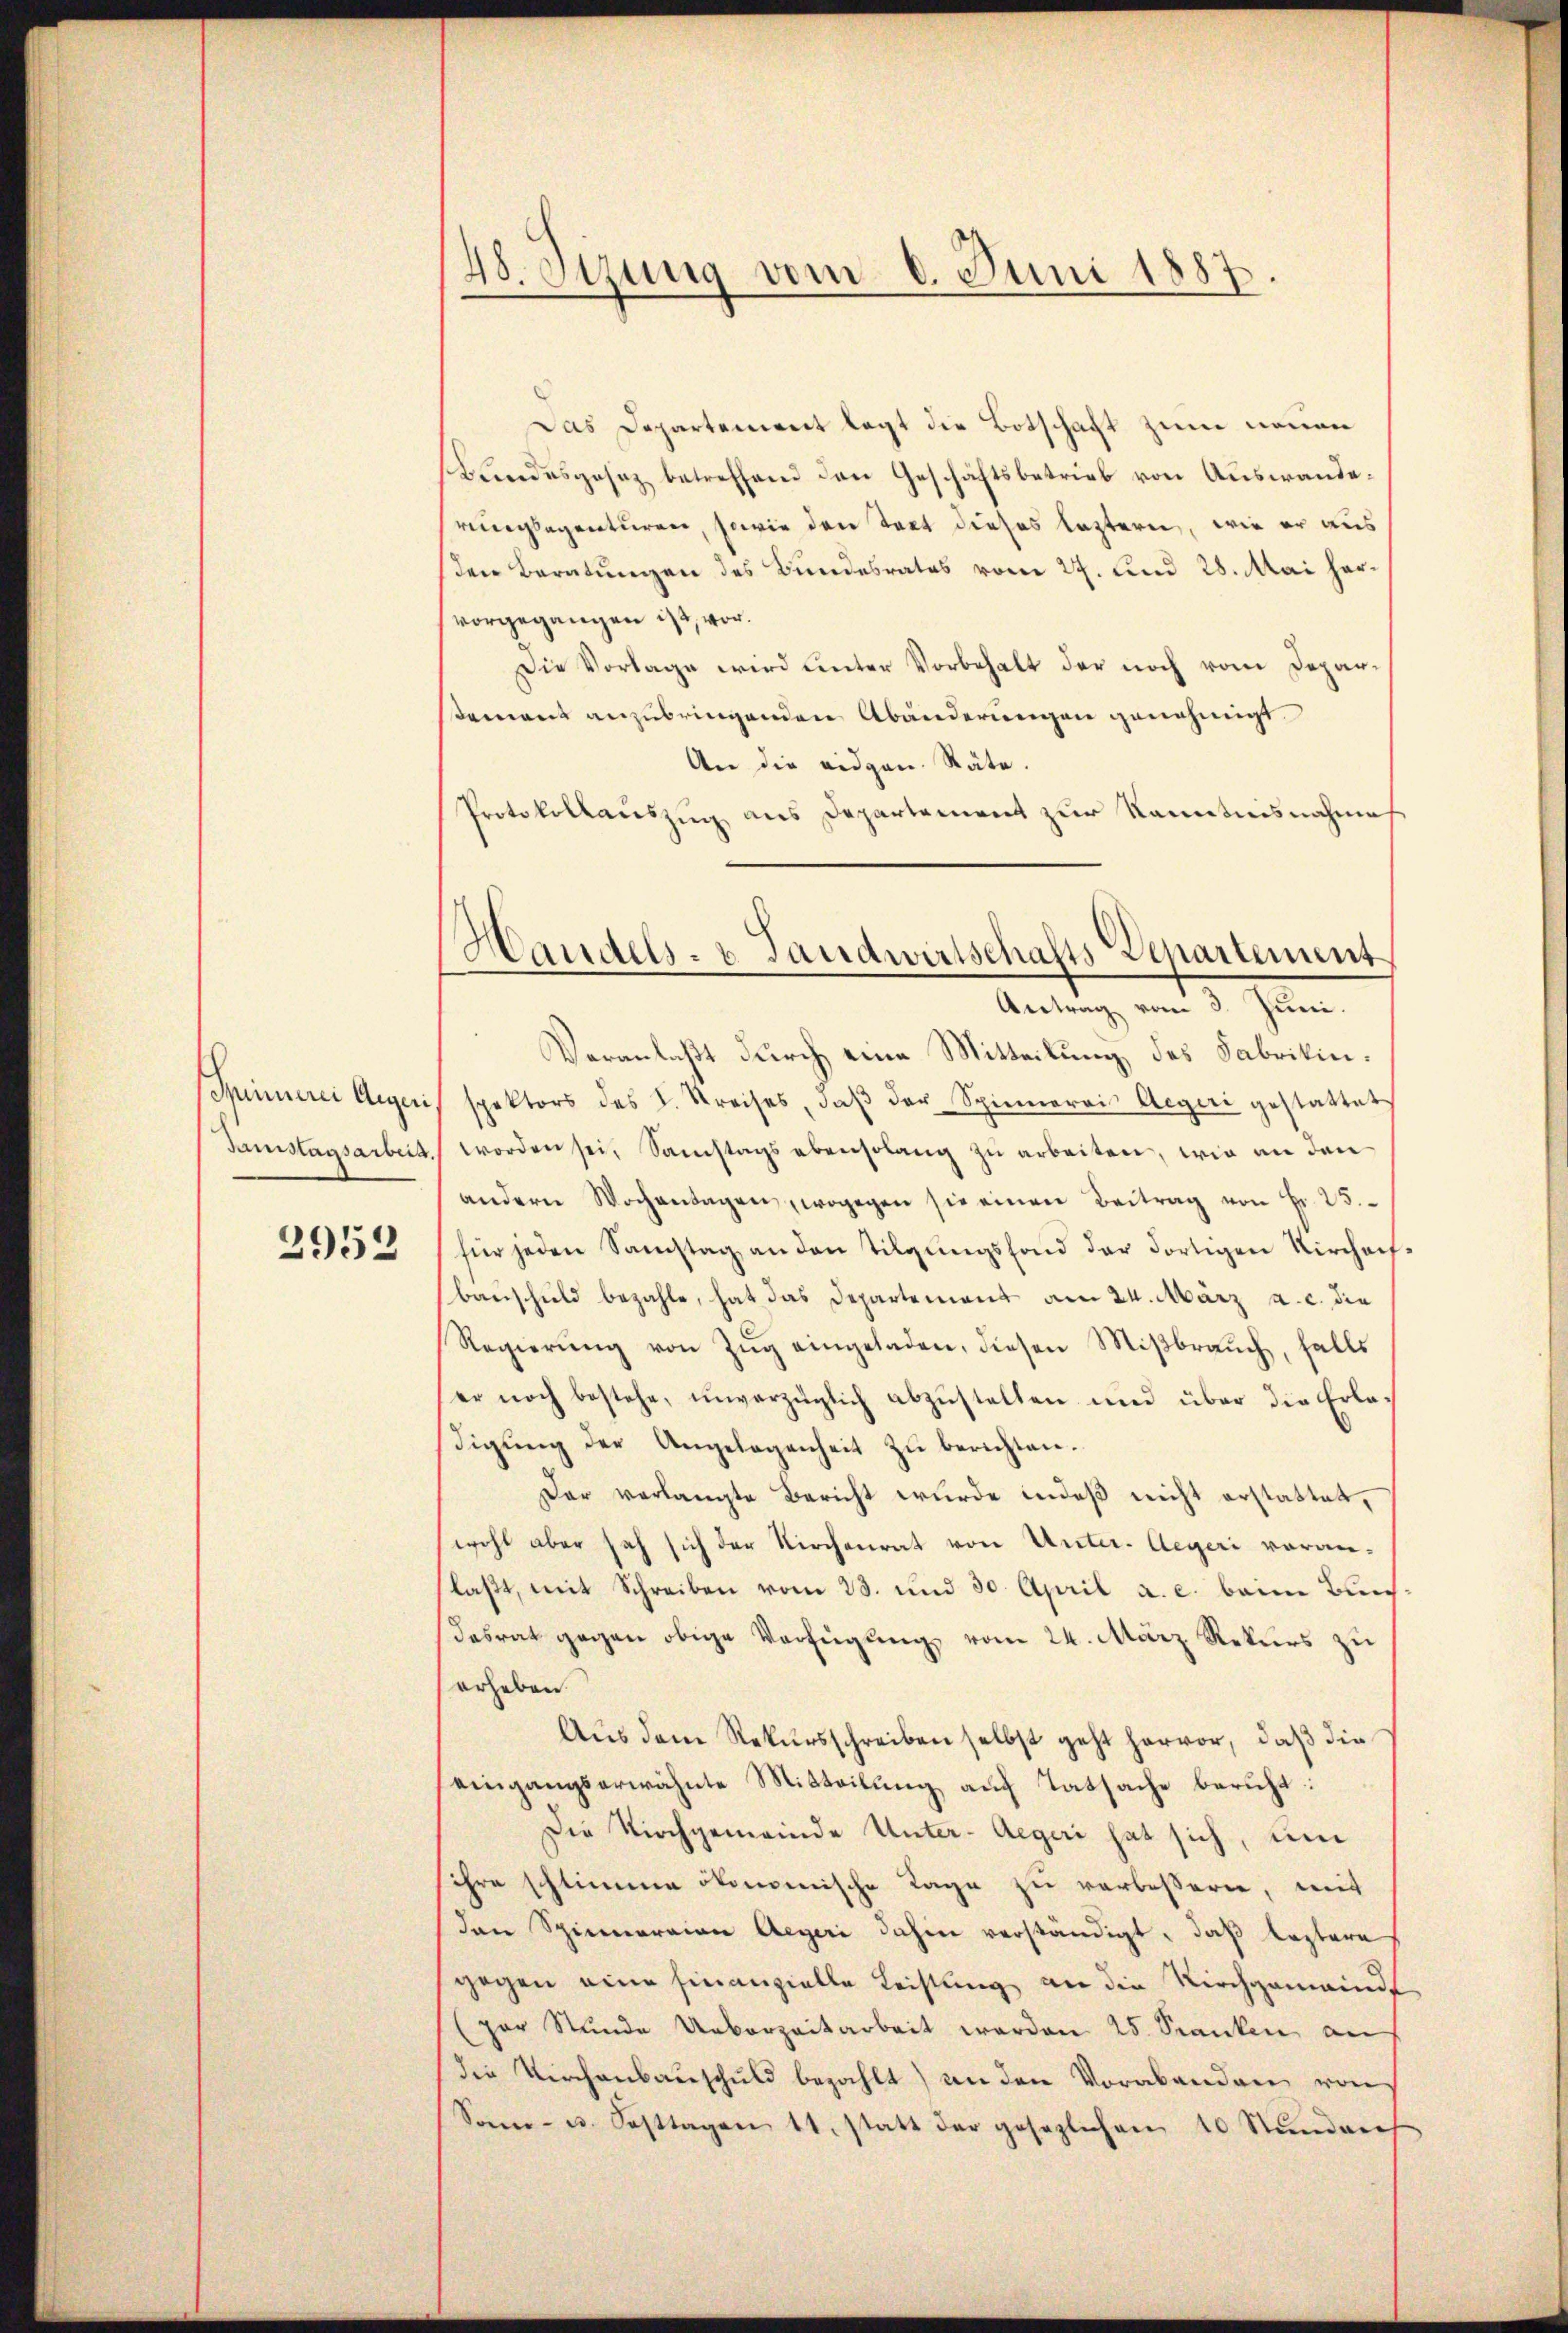
Spinnerei Aegeri
Gamstagsarbeit.

2952

48. Setzung vom 8. Juni 1887

Handels- u Landwirtschafts-Departement
Antrag vom 3. Juni.

Das Departement legt die Botschaft zum neuen
sbundesgesez betreffend den Geschäftsbetrieb von Auswanderiechlegenturen, sowie den Takt dieses leztern, wie er aus
sen Beratungen des Bundesrates vom 27. und 28. Mai hervorgegangen ist, vor.
Die Vorlage wird unter Vorbehalt der noch vom Deparsement anzubringenden Abänderungen genehmigt
An die eidgen. Räte.
Protokollauszug aus Departement zur Kenntnisnahmes
Veranlaßt durch eine Mitteilung des Fabrikinspektors des L. Streises, daβ der Spiemerois Aegeri gestattet
worden sei, Samstags ebensolang zŭ arbeiten, wie an den
andern Wochentagen, wogegen sie einen Beitrag von Fr. 25.
für jeden Samstag an den Tilgungsfond der dortigen Kirchachbauschuld bezahle, hat das Departement am 24. März a. c. die
Regierŭng von Zŭg eingeladen, diesen Miβbraŭch, falls
er noch bestehe, unverzüglich abzustellen und über die Erladigŭng der Angelegenheit zŭ berichten.
Der verlangte Bericht wurde indeß nicht erstattet,
wohl aber sah sich der Kirchenrat von Unter. Aegeri voranlaβt, mit Schreiben vom 23. und 30. April a. c. beim Bun¬
Dasrat gegen obige Verfügung vom 24. März Rekurs zu
erheben.
Aus dem Rekursschreiben selbst geht hervor, daß die
eingangserwähnte Mitteilung auf Tatsache beruht:
Die Kirchgemeinde Unter-Aegeri hat sich, um
sihre schlimme ökonomische Tage zu verbessern, mit
den Spinneraian Aegeri dahin verständigt, daß leztere
gegen eine hinanzielle Leistung an die Kirchgemeinde
(par Stunde Ueberzeitarbeit werden 25. Franken auf
die Kirchenbauschuld bezahlt) an den Vorabenden von
Son- u. Fasttagen 11. statt der gesezlichen 10 Stundrech